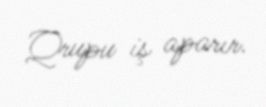
Qrupu iş aparır.